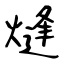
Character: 熢